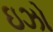
ઇઝો